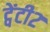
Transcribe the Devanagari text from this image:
ट्वेंटी२